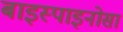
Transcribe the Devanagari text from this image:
बाइस्पाइनोसा